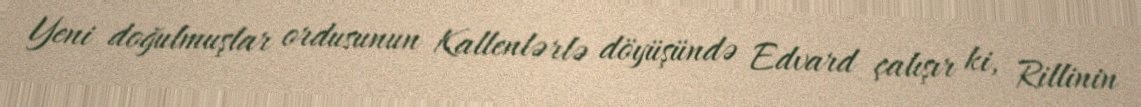
Yeni doğulmuşlar ordusunun Kallenlərlə döyüşündə Edvard çalışır ki, Rillinin